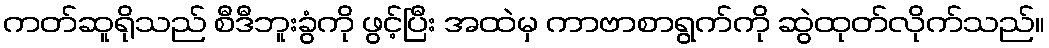
ကတ်ဆူရိုသည် စီဒီဘူးခွံကို ဖွင့်ပြီး အထဲမှ ကာဗာစာရွက်ကို ဆွဲထုတ်လိုက်သည်။